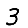
Digit: 3